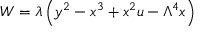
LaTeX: { \cal W } = \lambda \left( y ^ { 2 } - x ^ { 3 } + x ^ { 2 } u - \Lambda ^ { 4 } x \right)